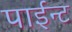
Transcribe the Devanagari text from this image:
पाईन्ट